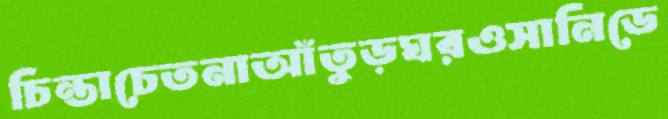
চিন্তাচেতনাআঁতুড়ঘরওসানিডে